Indian journal of veterinary science and animal husbandry - Volumes 18-21, 1948-1951
Year: 1948
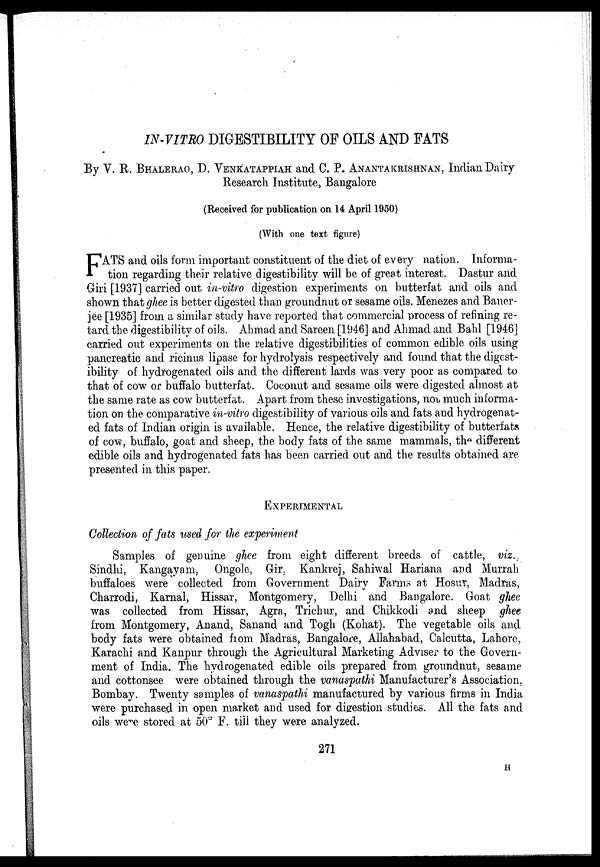
IN-VITRO DIGESTIBILITY OF OILS AND FATS
By V. R. BHALERAO, D. VENKATAPPIAH and C. P. ANANTAKRISHNAN, Indian Dairy
Research Institute, Bangalore
(Received for publication on 14 April 1950)
(With one text figure)
F ATS and oils form important constituent of the diet of every nation. Informa-
tion regarding their relative digestibility will be of great interest. Dastur and
Giri [1937] carried out in-vitro digestion experiments on butterfat and oils and
shown that ghee is better digested than groundnut or sesame oils. Menezes and Baner-
jee [1935] from a similar study have reported that commercial process of refining re-
tard the digestibility of oils. Ahmad and Sareen [1946] and Ahmad and Bahl [1946]
carried out experiments on the relative digestibilities of common edible oils using
pancreatic and ricinus lipase for hydrolysis respectively and found that the digest-
ibility of hydrogenated oils and the different lards was very poor as compared to
that of cow or buffalo butterfat. Coconut and sesame oils were digested almost at
the same rate as cow butterfat. Apart from these investigations, no much informa-
tion on the comparative in-vitro digestibility of various oils and fats and hydrogenat-
ed fats of Indian origin is available. Hence, the relative digestibility of butterfats
of cow, buffalo, goat and sheep, the body fats of the same mammals, the different
edible oils and hydrogenated fats has been carried out and the results obtained are
presented in this paper.
EXPERIMENTAL
Collection of fats used for the experiment
Samples of genuine ghee from eight different breeds of cattle, viz.,
Sindhi, Kangayam, Ongole, Gir, Kankrej, Sahiwal Hariana and Murrah
buffaloes were collected from Government Dairy Farms at Hosur, Madras,
Charrodi, Karnal, Hissar, Montgomery, Delhi and Bangalore. Goat ghee
was collected from Hissar, Agra, Trichur, and Chikkodi and sheep ghee
from Montgomery, Anand, Sanand and Togh (Kohat). The vegetable oils and
body fats were obtained from Madras, Bangalore, Allahabad, Calcutta, Lahore,
Karachi and Kanpur through the Agricultural Marketing Adviser to the Govern-
ment of India. The hydrogenated edible oils prepared from groundnut, sesame
and cottonsee were obtained through the vanaspathi Manufacturer's Association,
Bombay. Twenty samples of vanaspathi manufactured by various firms in India
were purchased in open market and used for digestion studies. All the fats and
oils were stored at 50º F. till they were analyzed.
271
H